Insane asylums in Bengal annual reports 1867-1875 - 1867-1875
Year: 1867
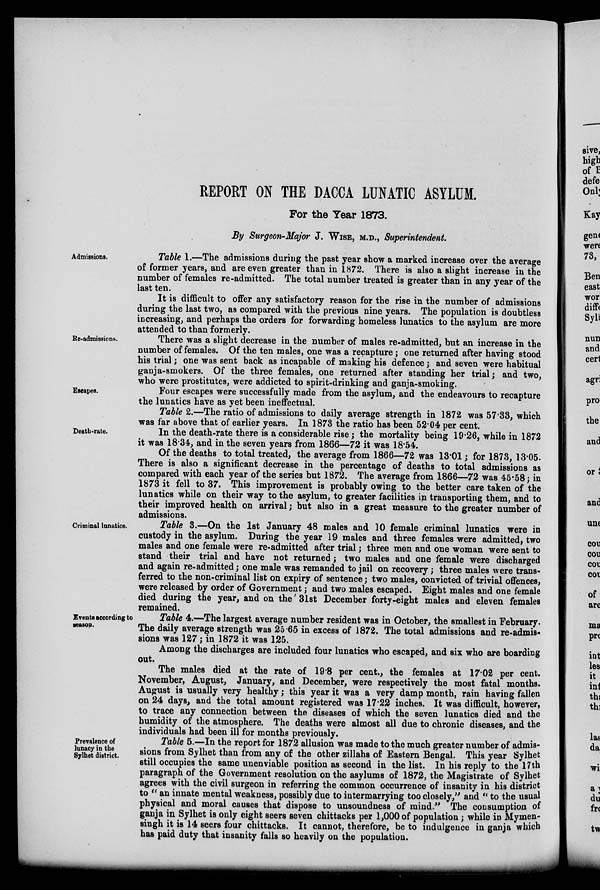
REPORT ON THE DACCA LUNATIC ASYLUM.
For the Year 1873.
By Surgeon-Major J. WISE, M.D., Superintendent.
Admissions.
Table 1.—The admissions during the past year show a marked increase over the average
of former years, and are even greater than in 1872. There is also a slight increase in the
number of females re-admitted. The total number treated is greater than in any year of the
last ten.
It is difficult to offer any satisfactory reason for the rise in the number of admissions
during the last two, as compared with the previous nine years. The population is doubtless
increasing, and perhaps the orders for forwarding homeless lunatics to the asylum are more
attended to than formerly.
Re-admissions.
There was a slight decrease in the number of males re-admitted, but an increase in the
number of females. Of the ten males, one was a recapture; one returned after having stood
his trial; one was sent back as incapable of making his defence; and seven were habitual
ganja-smokers. Of the three females, one returned after standing her trial; and two,
who were prostitutes, were addicted to spirit-drinking and ganja-smoking.
Escapes.
Four escapes were successfully made from the asylum, and the endeavours to recapture
the lunatics have as yet been ineffectual.
Table 2.—The ratio of admissions to daily average strength in 1872 was 57.33, which
was far above that of earlier years. In 1873 the ratio has been 52.04 per cent.
Death-rate.
In the death-rate there is a considerable rise; the mortality being 19.26, while in 1872
it was 18.34, and in the seven years from 1866—72 it was 18.54.
Of the deaths to total treated, the average from 1866—72 was 13.01; for 1873, 13.05.
There is also a significant decrease in the percentage of deaths to total admissions as
compared with each year of the series but 1872. The average from 1866—72 was 45.58; in
1873 it fell to 37. This improvement is probably owing to the better care taken of the
lunatics while on their way to the asylum, to greater facilities in transporting them, and to
their improved health on arrival; but also in a great measure to the greater number of
admissions.
Criminal lunatics.
Table 3.—On the 1st January 48 males and 10 female criminal lunatics were in
custody in the asylum. During the year 19 males and three females were admitted, two
males and one female were re-admitted after trial; three men and one woman were sent to
stand their trial and have not returned; two males and one female were discharged
and again re-admitted; one male was remanded to jail on recovery; three males were trans-
ferred to the non-criminal list on expiry of sentence; two males, convicted of trivial offences,
were released by order of Government; and two males escaped. Eight males and one female
died during the year, and on the' 31st December forty-eight males and eleven females
remained.
Events according to
season.
Table 4.—The largest average number resident was in October, the smallest in February.
The daily average strength was 25.65 in excess of 1872. The total admissions and re-admis-
sions was 127; in 1872 it was 125.
Among the discharges are included four lunatics who escaped, and six who are boarding
out.
The males died at the rate of 19.8 per cent., the females at 17.02 per cent.
November, August, January, and December, were respectively the most fatal months.
August is usually very healthy; this year it was a very damp month, rain having fallen
on 24 days, and the total amount registered was 17.22 inches. It was difficult, however,
to trace any connection between the diseases of which the seven lunatics died and the
humidity of the atmosphere. The deaths were almost all due to chronic diseases, and the
individuals had been ill for months previously.
Prevalence of
lunacy in the
Sylhet district.
Table 5.—In the report for 1872 allusion was made to the much greater number of admis-
sions from Sylhet than from any of the other zillahs of Eastern Bengal. This year Sylhet
still occupies the same unenviable position as second in the list. In his reply to the 17th
paragraph of the Government resolution on the asylums of 1872, the Magistrate of Sylhet
agrees with the civil surgeon in referring the common occurrence of insanity in his district
to " an innate mental weakness, possibly due to intermarrying too closely," and " to the usual
physical and moral causes that dispose to unsoundness of mind." The consumption of
ganja in Sylhet is only eight seers seven chittacks per 1,000 of population; while in Mymen-
singh it is 14 seers four chittacks. It cannot, therefore, be to indulgence in ganja which
has paid duty that insanity falls so heavily on the population.